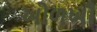
ઓળખી